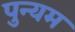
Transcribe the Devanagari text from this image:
पुन्यम